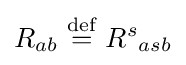
R_{ab}\ {\stackrel {\text{def}}{=}}\ {R^{s}}_{asb}